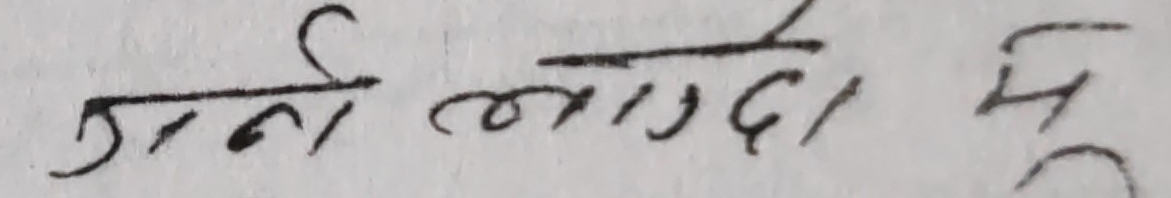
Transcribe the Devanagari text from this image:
जान लागदो मु